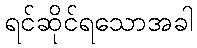
ရင်ဆိုင်ရသောအခါ